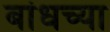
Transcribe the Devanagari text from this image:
बांधच्या